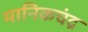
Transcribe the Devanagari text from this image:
मानिकचंद्र